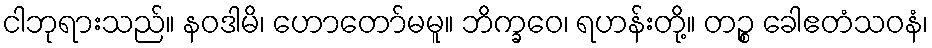
ငါဘုရားသည်။ နဝဒါမိ၊ ဟောတော်မမူ။ ဘိက္ခဝေ၊ ရဟန်းတို့။ တဉ္စ ခေါဧတံသဝနံ၊